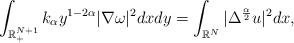
LaTeX: \begin{align*} \displaystyle\int_{\mathbb{R}_+^{N+1}}k_\alpha y^{1-2\alpha}|\nabla\omega|^2dxdy=\displaystyle\int_{\mathbb{R}^N}|\Delta^\frac{\alpha}{2}u|^2dx,\end{align*}